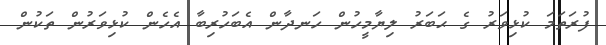
ފުރަތަމަ ކުޅިވަރު ގެ ޙަބަރު ލިޔާމީހުން ހަނދާން އެބަހުރިބާ އެހެން ކުޅިވަރުން ތަކުން